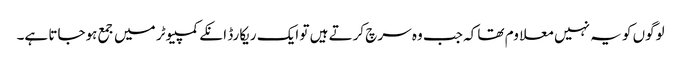
لوگوں کو یہ نہیں معلاوم تھا کہ جب وہ سرچ کرتے ہیں تو ایک ریکارڈ انکے کمپیوٹر میں جمع ہوجاتا ہے۔